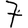
Digit: 7